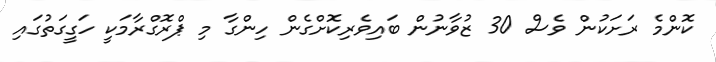
ކޮންމެ ރަށަކުން ވެސް 30 ޒުވާނުން ބައިވެރިކޮށްގެން ހިންގާ މި ޕްރޮގްރާމަކީ ހަގީގަތުގައި